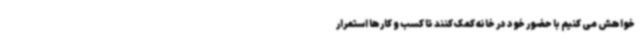
خواهش می کنیم با حضور خود در خانه کمک کنند تا کسب و کارها استمرار